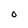
Character: O